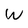
Character: W